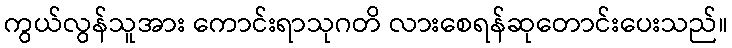
ကွယ်လွန်သူအား ကောင်းရာသုဂတိ လားစေရန်ဆုတောင်းပေးသည်။